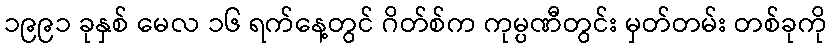
၁၉၉၁ ခုနှစ် မေလ ၁၆ ရက်နေ့တွင် ဂိတ်စ်က ကုမ္ပဏီတွင်း မှတ်တမ်း တစ်ခုကို